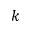
k